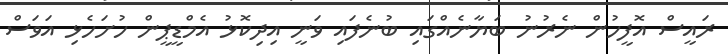
ރައީސް އޮފީހުން ނެރުނު ބަޔާނެއްގައި ބުނެފައި ވަނީ އިދިކޮޅު އެމްޑީޕީން ހުށަހެޅި އަވަސް